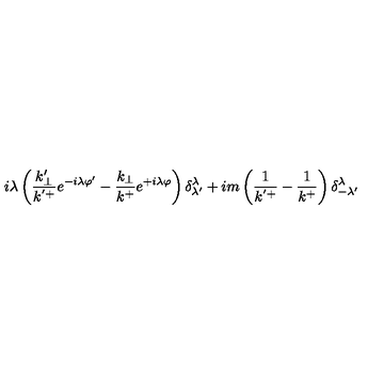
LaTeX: i \lambda \left( \frac { k _ { \perp } ^ { \prime } } { k ^ { ' + } } e ^ { - i \lambda \varphi ^ { \prime } } - \frac { k _ { \perp } } { k ^ { + } } e ^ { + i \lambda \varphi } \right) \delta _ { \lambda ^ { \prime } } ^ { \lambda } + i m \left( \frac { 1 } { k ^ { ' + } } - \frac { 1 } { k ^ { + } } \right) \delta _ { - \lambda ^ { \prime } } ^ { \lambda }